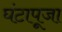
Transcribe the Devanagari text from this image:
घंटापूजा